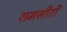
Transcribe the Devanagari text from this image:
शमसीरों